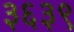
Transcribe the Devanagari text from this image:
३६३९